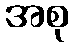
အစု